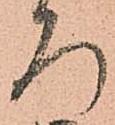
ろ